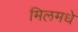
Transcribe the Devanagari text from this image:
मिलमधे